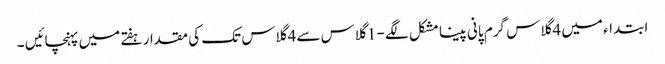
ابتداء میں 4 گلاس گرم پانی پینا مشکل لگے - 1 گلاس سے 4 گلاس تک کی مقدار ہفتے میں پہنچائیں ۔